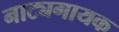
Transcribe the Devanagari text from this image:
नाट्यगायक